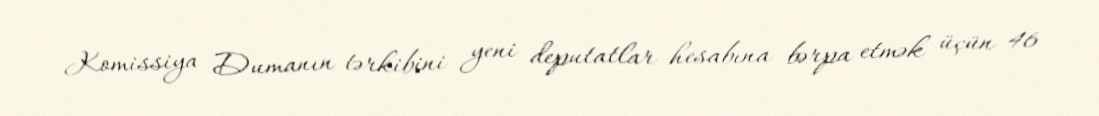
Komissiya Dumanın tərkibini yeni deputatlar hesabına bərpa etmək üçün 46